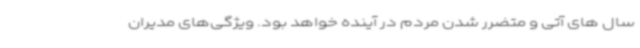
سال های آتی و متضرر شدن مردم در آینده خواهد بود. ویژگی‌های مدیران